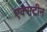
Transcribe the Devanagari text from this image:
एक्सटीन